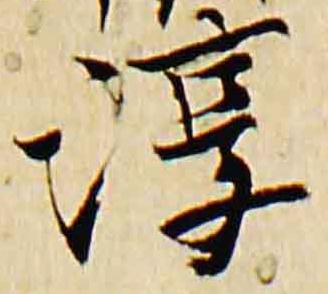
淳